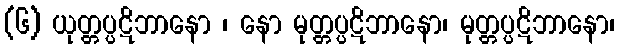
(၆) ယုတ္တပ္ပဋိဘာနော ၊ နော မုတ္တပ္ပဋိဘာနော၊ မုတ္တပ္ပဋိဘာနော၊